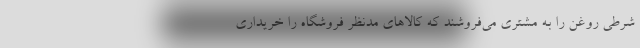
شرطی روغن را به مشتری می‌فروشند که کالاهای مدنظر فروشگاه را خریداری